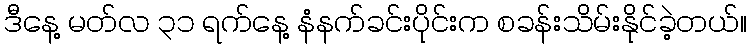
ဒီနေ့ မတ်လ ၃၁ ရက်နေ့ နံနက်ခင်းပိုင်းက စခန်းသိမ်းနိုင်ခဲ့တယ်။